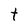
Character: t